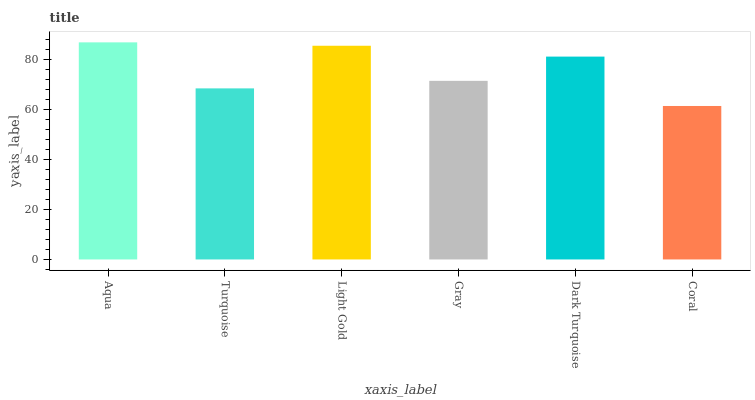
| xaxis_label | bars |
 | --- | --- |
 | Aqua | 86.8 |
 | Turquoise | 68.4 |
 | Light Gold | 85.5 |
 | Gray | 71.4 |
 | Dark Turquoise | 81.1 |
 | Coral | 61.4 |